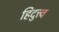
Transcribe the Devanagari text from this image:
हिदुत्त्व